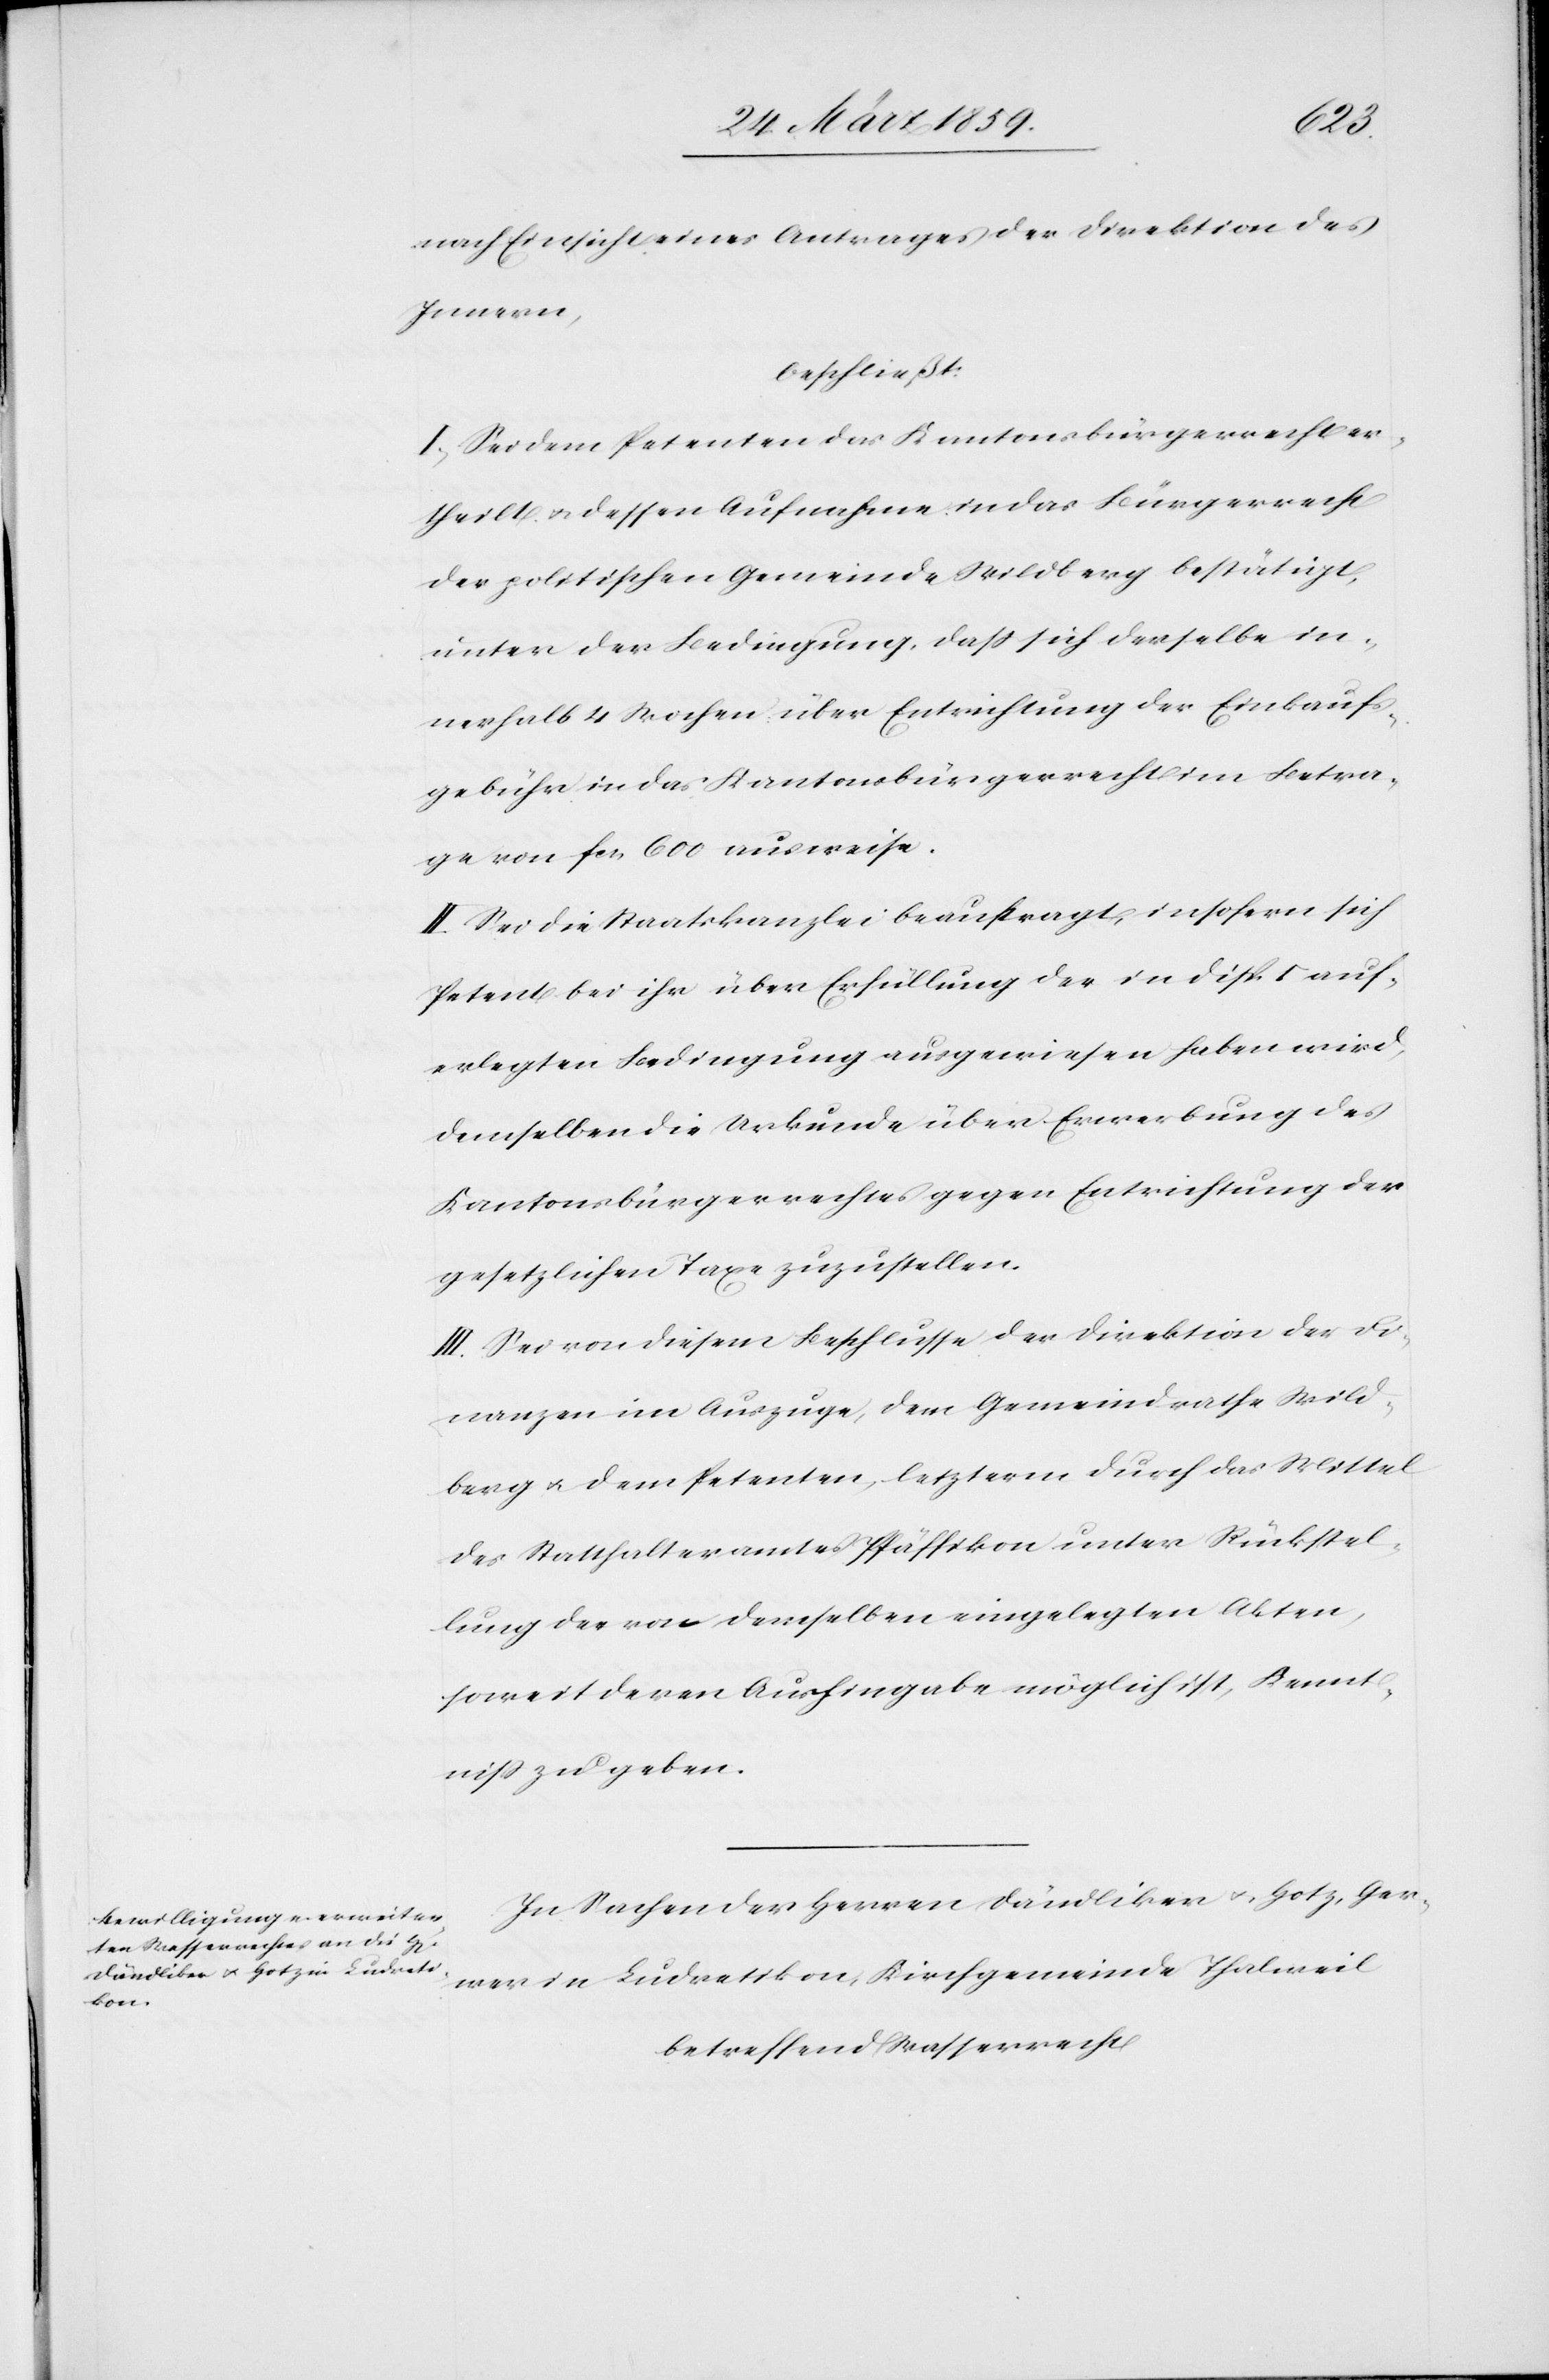
nach Einsicht eines Antrages der Direktion des
Innern,
beschließt:
I. Sei dem Petenten das Kantonsbürgerrecht er¬
theilt u dessen Aufnahme in das Bürgerrecht
der politischen Gemeinde Wildberg bestätigt,
unter der Bedingung, daß sich derselbe in¬
nerhalb 4 Wochen über Entrichtung der Einkaufs¬
gebühr in das Kantonsbürgerrecht im Betra¬
ge von fcs. 600 ausweise.
II. Sei die Staatskanzlei beauftragt, insofern sich
Petent bei ihr über Erfüllung der in Disp. I auf¬
erlegten Bedingung ausgewiesen haben wird,
demselben die Urkunde über Erwerbung des
Kantonsbürgerrechtes gegen Entrichtung der
gesetzlichen Taxe zuzustellen.
III. Sei von diesem Beschlusse der Direktion der Fi¬
nanzen im Auszuge, dem Gemeindrathe Wild¬
berg u. dem Petenten, letzterm durch das Mittel
des Statthalteramtes Pfäffikon unter Rückstel¬
lung der von demselben eingelegten Akten,
soweit deren Aushingabe möglich ist, Kennt¬
niß zu geben.
In Sachen der Herren Dändliker u. Hotz, Ger¬
wer in Ludretikon, Kirchgemeinde Thalweil
betreffend Wasserrecht